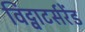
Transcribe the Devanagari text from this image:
विट्वाटर्सरेंड